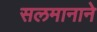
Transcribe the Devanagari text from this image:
सलमानाने